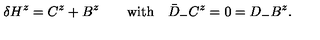
\delta H ^ { z } = C ^ { z } + B ^ { z } \qquad \mathrm { w i t h } \quad \bar { D } _ { - } C ^ { z } = 0 = D _ { - } B ^ { z } .